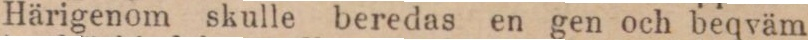
Härigenom skulle beredas en gen och beqväm